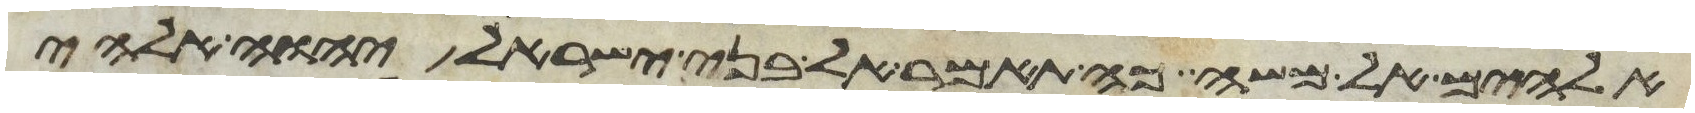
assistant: אלהים אל משה כה תאמר אל בני ישראל יהוה אלהי